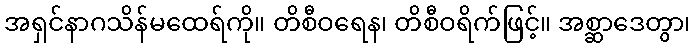
အရှင်နာဂသိန်မထေရ်ကို။ တိစီဝရေန၊ တိစီဝရိက်ဖြင့်။ အစ္ဆာဒေတွာ၊